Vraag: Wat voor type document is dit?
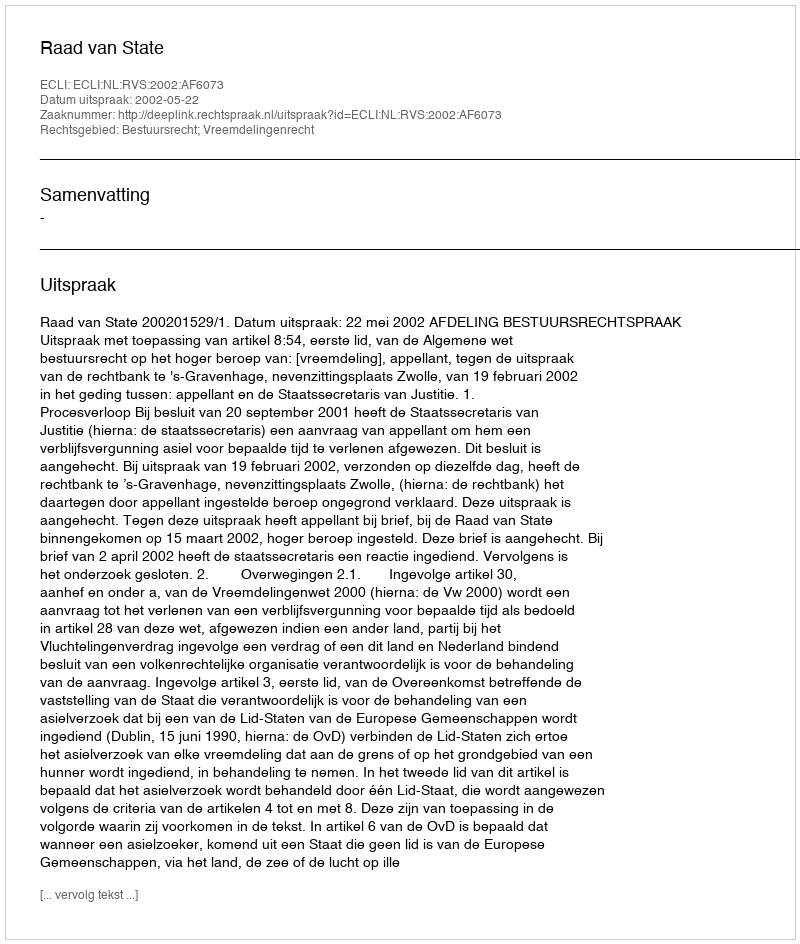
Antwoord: Uitspraak